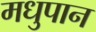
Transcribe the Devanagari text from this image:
मधुपान